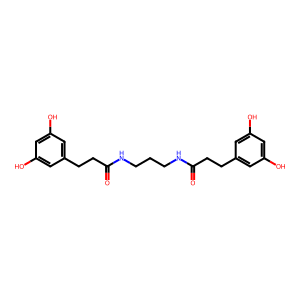
SMILES: O=C(CCc1cc(O)cc(O)c1)NCCCNC(=O)CCc1cc(O)cc(O)c1
Inhibits HIV replication: No